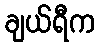
ချယ်ရီက